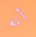
أنه